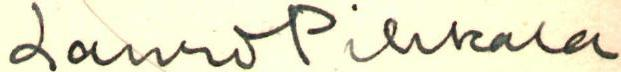
Lauri Pihkala